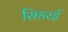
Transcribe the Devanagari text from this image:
सिडरई